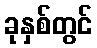
ခုနှစ်တွင်